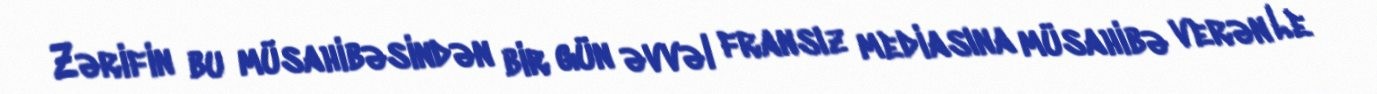
Zərifin bu müsahibəsindən bir gün əvvəl fransız mediasına müsahibə verən Le